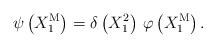
LaTeX: \begin{align*}\psi \left( X_{1}^{\mathrm{M}}\right) =\delta \left( X_{1}^{2}\right)\,\varphi \left( X_{1}^{\mathrm{M}}\right) . \end{align*}